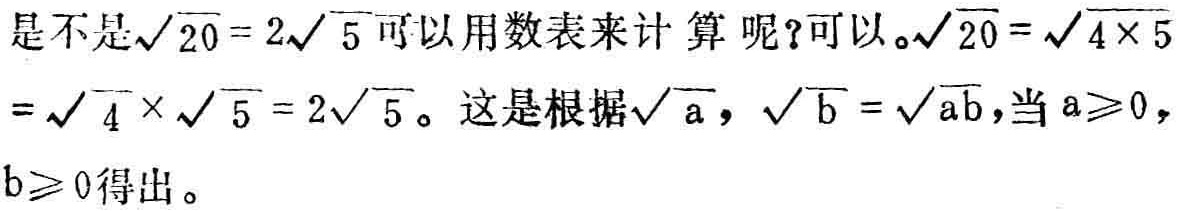
是不是\(\sqrt{20}=2\sqrt{5}\)可以用数表来计算呢?可以。\(\sqrt{20}=\sqrt{4\times 5}=\sqrt{4}\times\sqrt{5}=2\sqrt{5}\)。这是根据\(\sqrt{a},\sqrt{b}=\sqrt{ab}\)，当\(a\geqslant0\)，\(b\geqslant0\)得出。